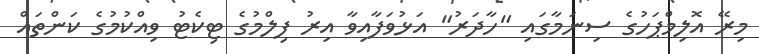
މިރޭ އޮލިމްޕަހުގެ ސިނަމާގައި "ހާދަރު" އަޅުވަފާއިވާ އިރު ފިލްމުގެ ޓިކެޓު ވިއްކުމުގެ ކަންތައް